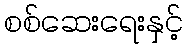
စစ်ဆေးရေးနှင့်